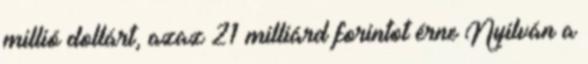
millió dollárt, azaz 21 milliárd forintot érne Nyilván a